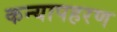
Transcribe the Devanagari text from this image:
कन्यापहरण